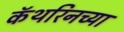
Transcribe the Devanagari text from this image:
कॅथरिनच्या